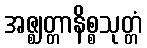
အဇ္ဈတ္တာနိစ္စသုတ္တံ